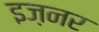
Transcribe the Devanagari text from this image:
इज़नर